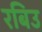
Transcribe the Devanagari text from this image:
रबिउ